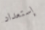
إستعداد